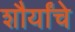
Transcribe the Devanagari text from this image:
शौर्यांचे